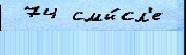
 74 смы́сл'е